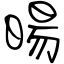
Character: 暘